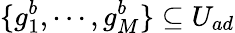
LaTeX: \{ g_{1}^{b},\cdots,g_{M}^{b}\} \subseteq U_{ad}